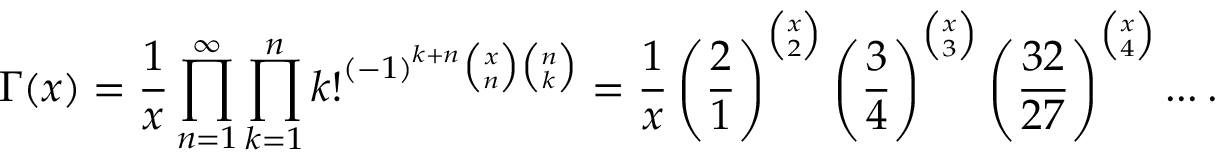
\Gamma ( x ) = \frac { 1 } { x } \prod _ { n = 1 } ^ { \infty } \prod _ { k = 1 } ^ { n } k ! ^ { \left( - 1 \right) ^ { k + n } \binom { x } { n } \binom { n } { k } } = \frac { 1 } { x } \left( \frac { 2 } { 1 } \right) ^ { \binom { x } { 2 } } \left( \frac { 3 } { 4 } \right) ^ { \binom { x } { 3 } } \left( \frac { 3 2 } { 2 7 } \right) ^ { \binom { x } { 4 } } . . . \: .